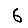
Digit: 6